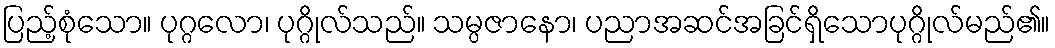
ပြည့်စုံသော။ ပုဂ္ဂလော၊ ပုဂ္ဂိုလ်သည်။ သမ္ပဇာနော၊ ပညာအဆင်အခြင်ရှိသောပုဂ္ဂိုလ်မည်၏။